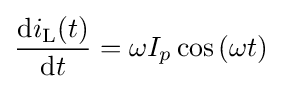
{\frac {\mathrm {d} i_{\text{L}}(t)}{\mathrm {d} t}}=\omega I_{p}\cos {\mathord {\left(\omega t\right)}}